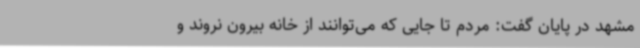
مشهد در پایان گفت: مردم تا جایی که می‌توانند از خانه بیرون نروند و